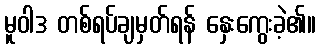
မူဝါဒ တစ်ရပ်ချမှတ်ရန် နှေးကွေးခဲ့၏။